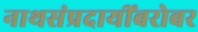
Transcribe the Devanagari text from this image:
नाथसंप्रदायींबरोबर